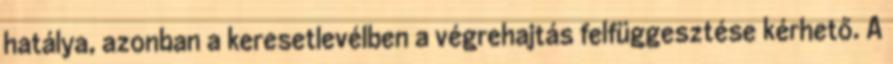
hatálya, azonban a keresetlevélben a végrehajtás felfüggesztése kérhető. A